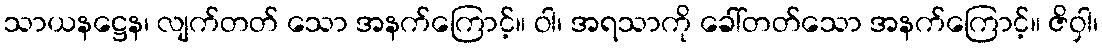
သာယနဋ္ဌေန၊ လျက်တတ် သော အနက်ကြောင့်။ ဝါ၊ အရသာကို ခေါ်တတ်သော အနက်ကြောင့်။ ဇိဝှါ၊